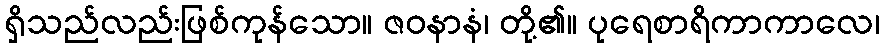
ရှိသည်လည်းဖြစ်ကုန်သော။ ဇဝနာနံ၊ တို့၏။ ပုရေစာရိကာကာလေ၊